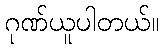
ဂုဏ်ယူပါတယ်။